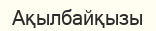
Ақылбайқызы